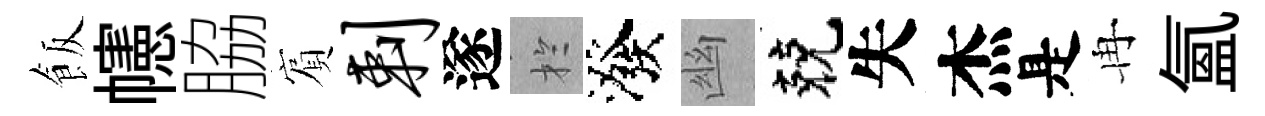
飯幰脇賔剌遂扵潑幽兢失杰是冉氳